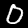
Digit: 0